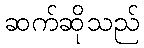
ဆက်ဆိုသည်